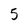
Character: 5